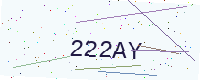
Text: 222AY